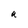
Character: a